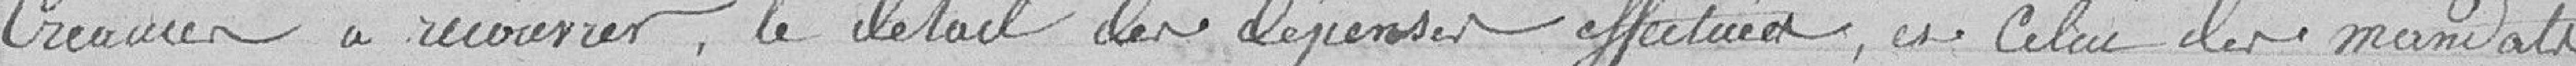
créances à recouvrer, le détail des dépenses effectuées et celui des mandats